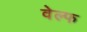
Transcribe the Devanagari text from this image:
वेल्फ